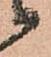
候